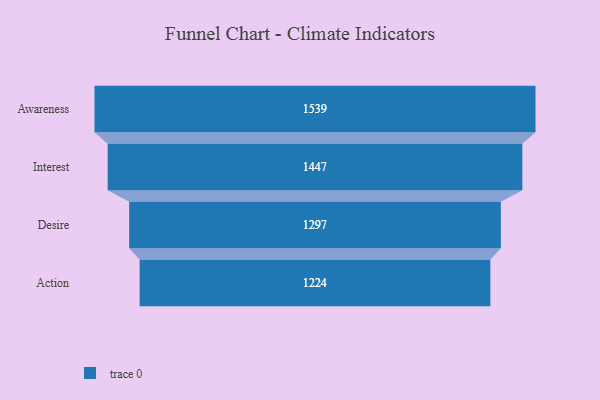
{"axis": {"x": "Stage", "y": "Value"}, "legend": [""], "data": [{"x": "Awareness", "y": 1539.0, "type": ""}, {"x": "Interest", "y": 1447.0, "type": ""}, {"x": "Desire", "y": 1297.0, "type": ""}, {"x": "Action", "y": 1224.0, "type": ""}]}